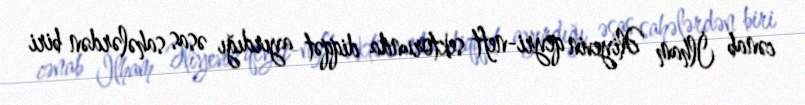
cənab İlham Əliyevin qeyri-neft sektorunda diqqət ayırdığı əsas sahələrdən biri